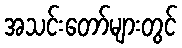
အသင်းတော်များတွင်